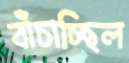
বাঁচাচ্ছিল